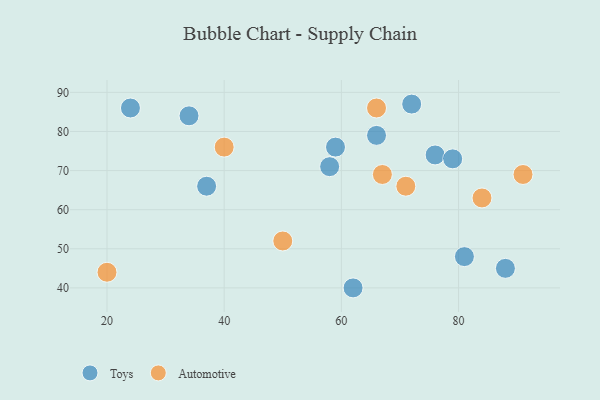
{"axis": {"x": "GDP", "y": "Life Expectancy"}, "legend": ["Automotive", "Toys"], "data": [{"x": "34", "y": 84, "type": "Toys"}, {"x": "58", "y": 71, "type": "Toys"}, {"x": "37", "y": 66, "type": "Toys"}, {"x": "76", "y": 74, "type": "Toys"}, {"x": "62", "y": 40, "type": "Toys"}, {"x": "88", "y": 45, "type": "Toys"}, {"x": "59", "y": 76, "type": "Toys"}, {"x": "24", "y": 86, "type": "Toys"}, {"x": "72", "y": 87, "type": "Toys"}, {"x": "79", "y": 73, "type": "Toys"}, {"x": "81", "y": 48, "type": "Toys"}, {"x": "66", "y": 79, "type": "Toys"}, {"x": "91", "y": 69, "type": "Automotive"}, {"x": "67", "y": 69, "type": "Automotive"}, {"x": "40", "y": 76, "type": "Automotive"}, {"x": "71", "y": 66, "type": "Automotive"}, {"x": "66", "y": 86, "type": "Automotive"}, {"x": "20", "y": 44, "type": "Automotive"}, {"x": "50", "y": 52, "type": "Automotive"}, {"x": "84", "y": 63, "type": "Automotive"}]}